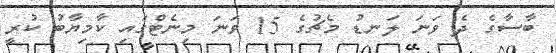
ބާސާގެ ދެ ވަނަ ލަނޑު މެޗުގެ 15 ވަނަ މިނެޓްގައި ކާމިޔާބު ކުރީ